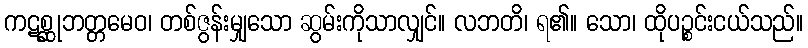
ကဋစ္ဆုဘတ္တမေဝ၊ တစ်ဇွန်းမျှသော ဆွမ်းကိုသာလျှင်။ လဘတိ၊ ရ၏။ သော၊ ထိုပဉ္စင်းငယ်သည်။